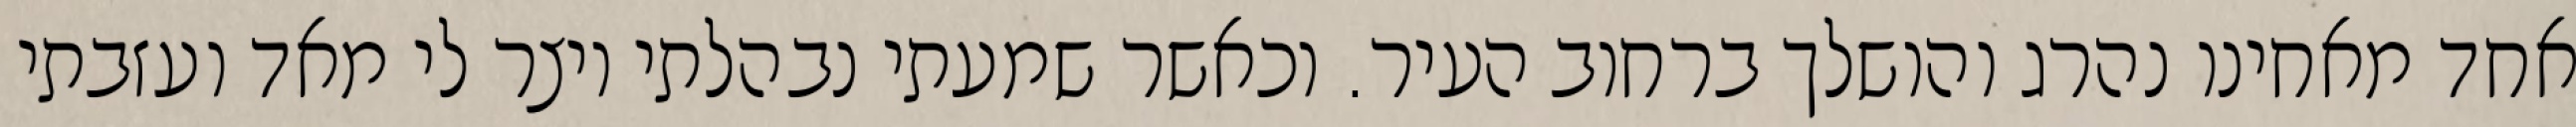
אחד מאחינו נהרג והושלך ברחוב העיר. וכאשר שמעתי נבהלתי ויצר לי מאד ועזבתי